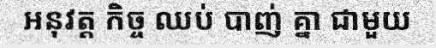
អនុវត្ត កិច្ច ឈប់ បាញ់ គ្នា ជាមួយ